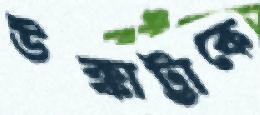
উক্কাট্টাকে